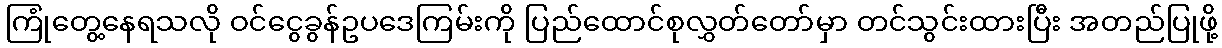
ကြုံတွေ့နေရသလို ဝင်ငွေခွန်ဥပဒေကြမ်းကို ပြည်ထောင်စုလွှတ်တော်မှာ တင်သွင်းထားပြီး အတည်ပြုဖို့